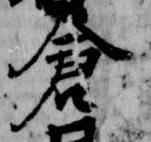
倉